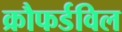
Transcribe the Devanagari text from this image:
क्रौफर्डविल